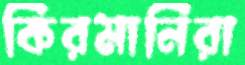
কিরমানিরা